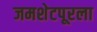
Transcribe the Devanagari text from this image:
जमशेटपूरला